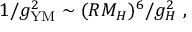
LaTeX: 1 / g _ { \mathrm { Y M } } ^ { 2 } \sim ( R M _ { H } ) ^ { 6 } / g _ { H } ^ { 2 } \ ,